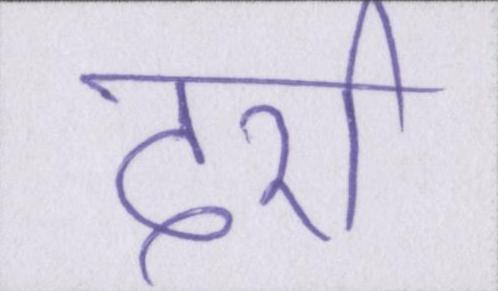
दर्रा